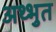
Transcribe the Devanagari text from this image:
अथ्भुत